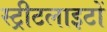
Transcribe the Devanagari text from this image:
स्‍ट्रीटलाइटों